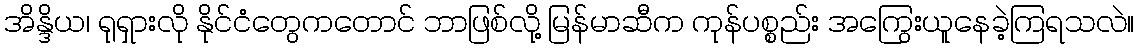
အိန္ဒိယ၊ ရုရှားလို နိုင်ငံတွေကတောင် ဘာဖြစ်လို့ မြန်မာဆီက ကုန်ပစ္စည်း အကြွေးယူနေခဲ့ကြရသလဲ။